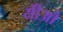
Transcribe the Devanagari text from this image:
यीओ